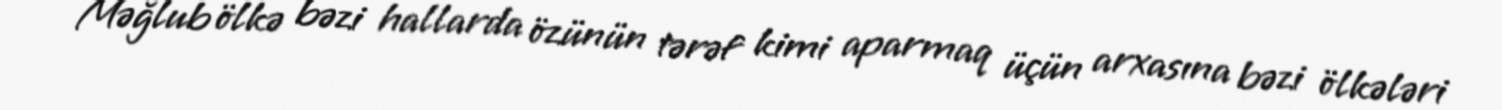
Məğlub ölkə bəzi hallarda özünün tərəf kimi aparmaq üçün arxasına bəzi ölkələri